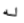
له